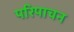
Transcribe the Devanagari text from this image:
परिपाचन